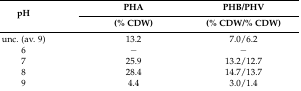
| <ROWSPAN=2> pH | PHA | PHB/PHV |
 | (% CDW) | (% CDW/% CDW) |
 | --- | --- | --- |
 | unc. (av. 9) | 13.2 | 7.0/6.2 |
 | 6 | − | − |
 | 7 | 25.9 | 13.2/12.7 |
 | 8 | 28.4 | 14.7/13.7 |
 | 9 | 4.4 | 3.0/1.4 |